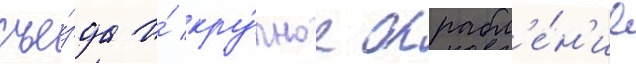
съе́зда и́ кру́пное ограбл'е́н'ие